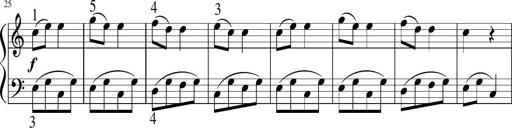
Title: 6 Instructive Sonatinas
Composer: Jacob Schmitt